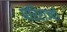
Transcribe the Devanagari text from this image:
परिराज्यों